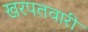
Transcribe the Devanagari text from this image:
खरपतवारी